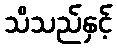
သိသည်နှင့်